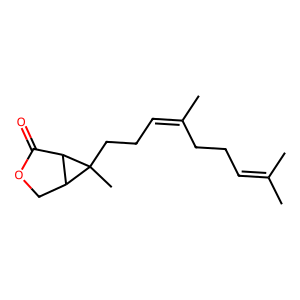
SMILES: CC(C)=CCCC(C)=CCCC1(C)C2COC(=O)C21
Inhibits HIV replication: No